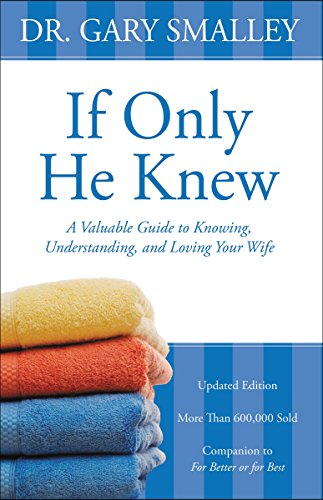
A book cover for If Only He Knew: A Valuable Guide to Knowing, Understanding, and Loving Your Wife; Gary Smalley; Christian Books & Bibles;